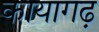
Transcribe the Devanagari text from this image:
कायागढ़